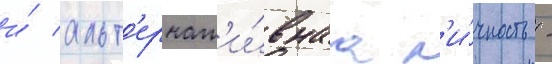
и́ альт'ернат'и́внаа л'и́чность -